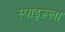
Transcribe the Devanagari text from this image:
स्पाइरूला